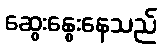
ဆွေးနွေးနေသည်